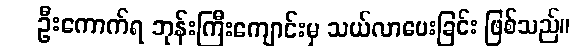
ဦးကောက်ရ ဘုန်းကြီးကျောင်းမှ သယ်လာပေးခြင်း ဖြစ်သည်။